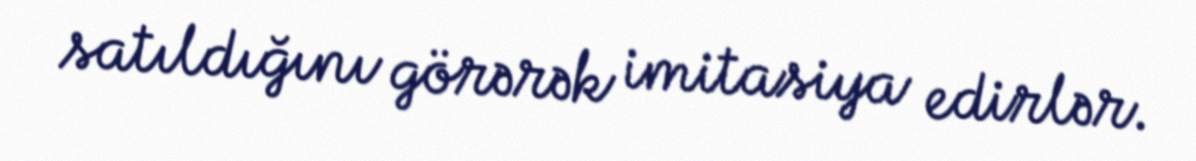
satıldığını görərək imitasiya edirlər.